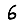
Digit: 6